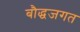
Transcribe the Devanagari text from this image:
बौद्धजगत